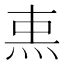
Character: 𤈂